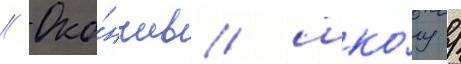
// Око́нчив шко́лу /